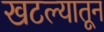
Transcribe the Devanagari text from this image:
खटल्यातून